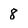
Character: 8